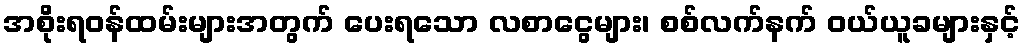
အစိုးရဝန်ထမ်းများအတွက် ပေးရသော လစာငွေများ၊ စစ်လက်နက် ဝယ်ယူခများနှင့်